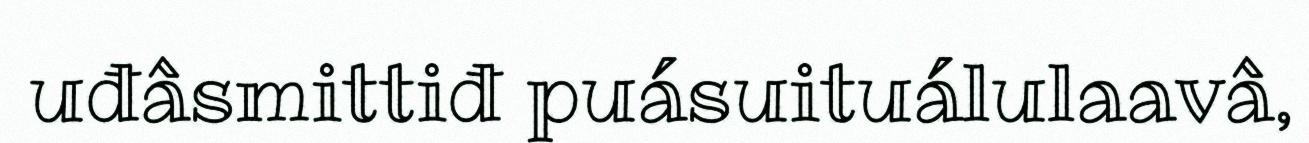
uđâsmittiđ puásuituálulaavâ,